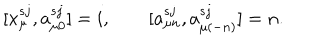
[ x _ { \mu } ^ { s j } , a _ { \mu 0 } ^ { s j } ] = i , \qquad [ a _ { \mu n } ^ { s j } , a _ { \mu ( - n ) } ^ { s j } ] = n .